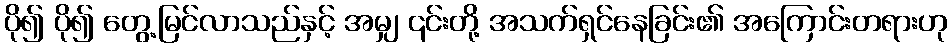
ပို၍ ပို၍ တွေ့မြင်လာသည်နှင့် အမျှ ၎င်းတို့ အသက်ရှင်နေခြင်း၏ အကြောင်းတရားဟု